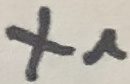
Text: X1